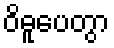
ဝိဓူပေတွာ